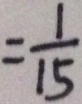
= \frac { 1 } { 1 5 }